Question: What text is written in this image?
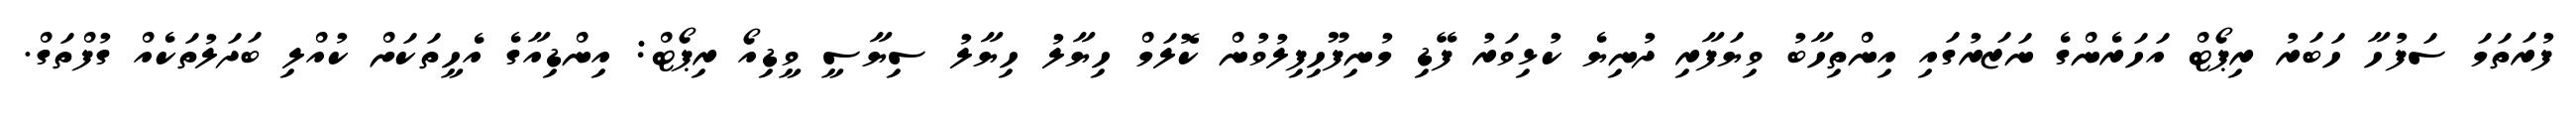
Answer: ފުރަތަމަ ސަފުހާ ހަބަރު ރިޕޯޓް އަހަރެންގެ ނަޒަރުގައި އިންތިހާބު ވިޔަފާރި ދުނިޔެ ކުޅިވަރު ފޭޑި މުނިފޫހިފިލުވުން ކޮލަމް ހިޔާލު ހިޔާލު ސިޔާސީ ވީޑިއޯ ރިޕޯޓް: އިންޑިއާގެ އެހީތަކަށް ކުއްލި ބަދަލުތަކެއް ގުފްތަގް.